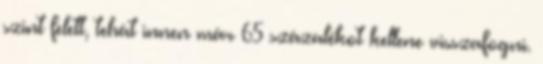
szint felett, tehát innen már 65 százalékot kellene visszafogni.